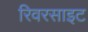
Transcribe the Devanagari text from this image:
रिवरसाइट